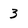
Character: 3